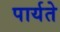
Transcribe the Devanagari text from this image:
पार्यते